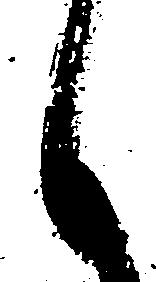
候